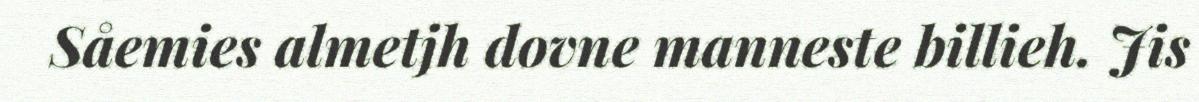
Såemies almetjh dovne manneste billieh. Jis